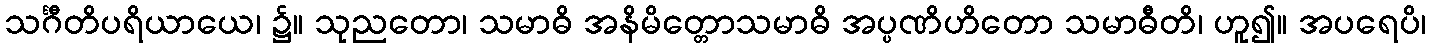
သင်္ဂီတိပရိယာယေ၊ ၌။ သုညတော၊ သမာဓိ အနိမိတ္တောသမာဓိ အပ္ပဏိဟိတော သမာဓီတိ၊ ဟူ၍။ အပရေပိ၊